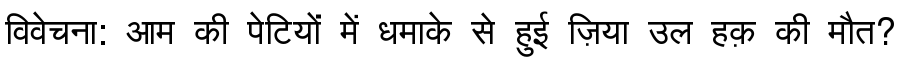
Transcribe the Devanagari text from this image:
विवेचना: आम की पेटियों में धमाके से हुई ज़िया उल हक़ की मौत?